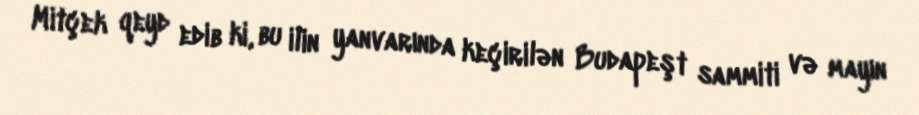
Mitçek qeyd edib ki, bu ilin yanvarında keçirilən Budapeşt sammiti və mayın